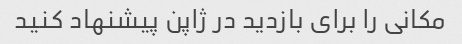
مکانی را برای بازدید در ژاپن پیشنهاد کنید